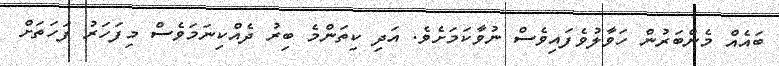
ބައެއް މެންބަރުން ހަވާލުވެފައިވެސް ނުވާކަމަށެވެ. އަދި ކިތަންމެ ބިރު ދެއްކިނަމަވެސް މިފަހަރު ފަހަތަށް